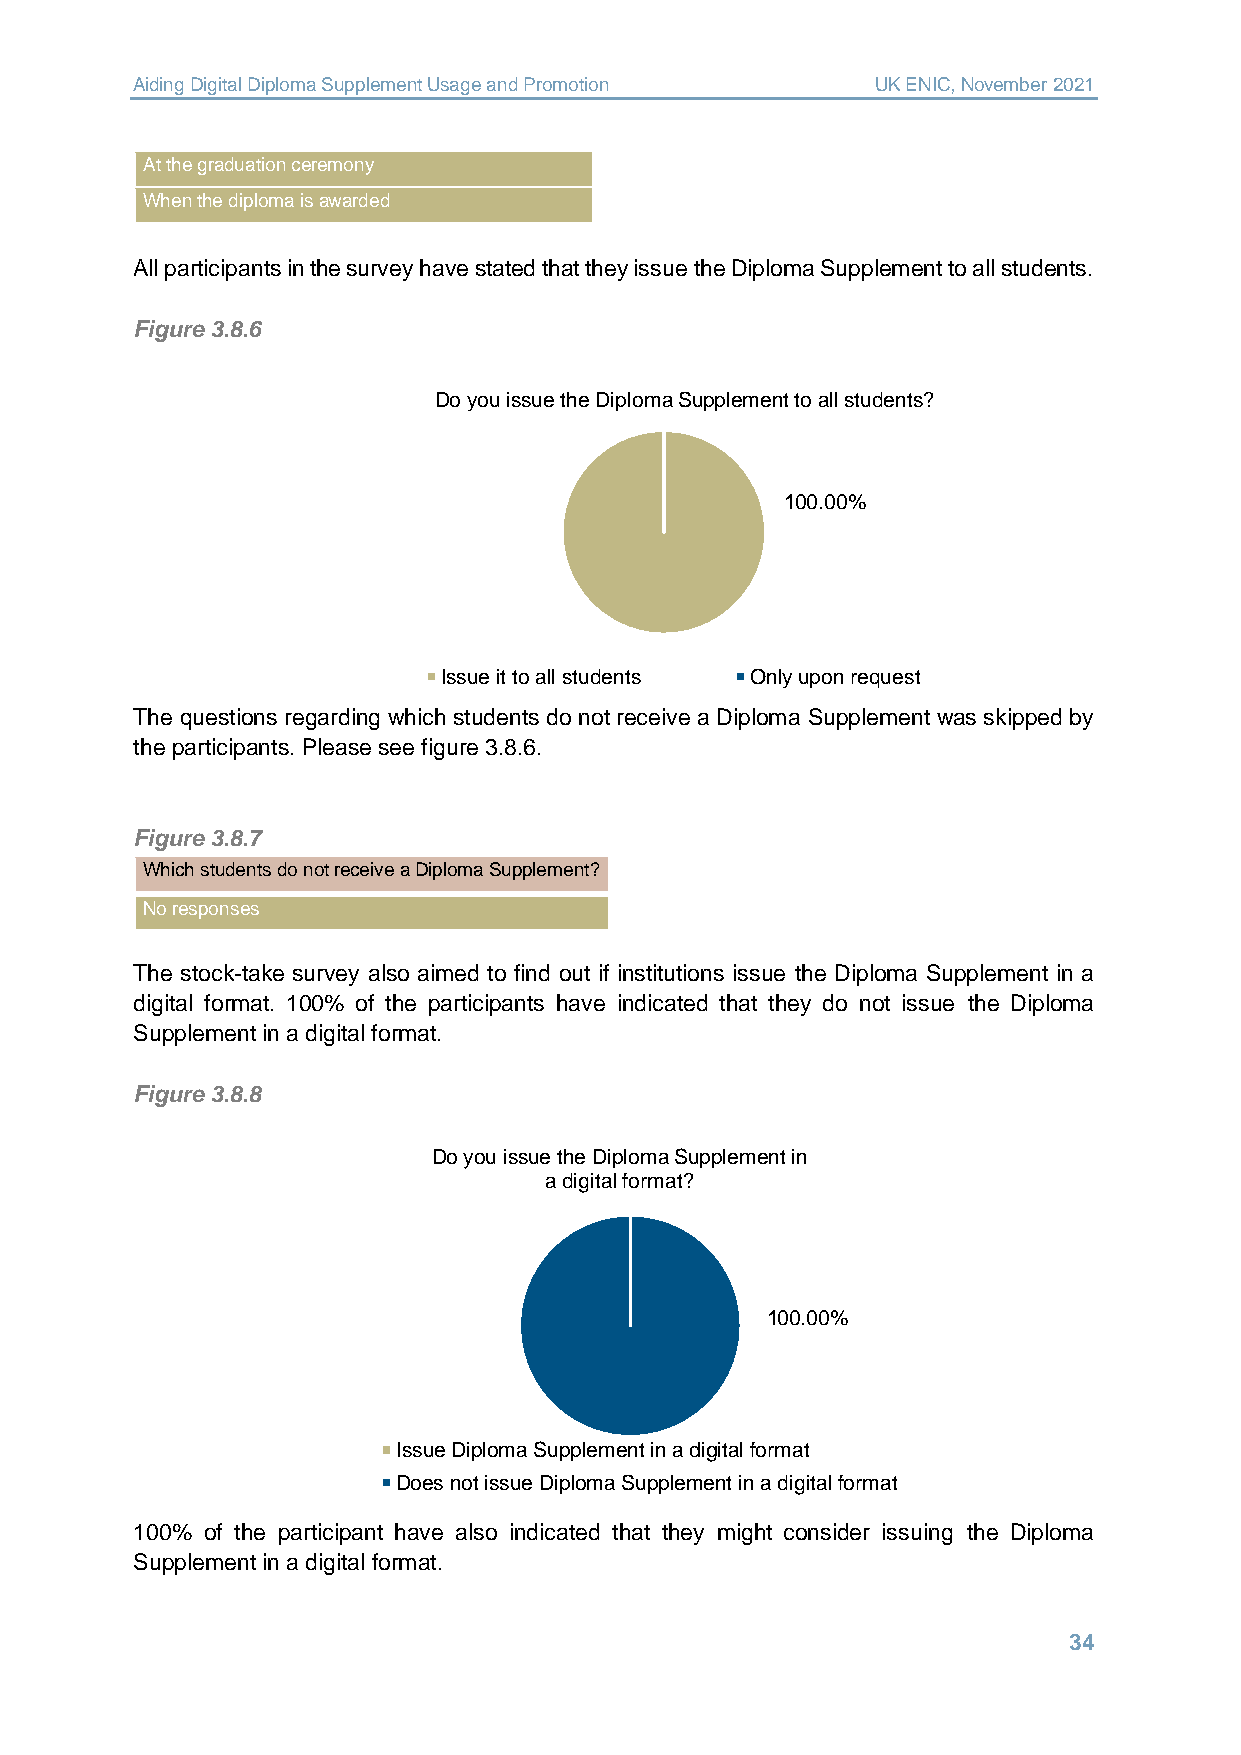
Aiding Digital Diploma Supplement Usage and Promotion UK ENIC, November 2021
 At the graduation ceremony
 When the diploma is awarded
 All participants in the survey have stated that they issue the Diploma Supplement to all students.
 Figure 3.8.6
 Do you issue the Diploma Supplement to all students?
 100.00%
 Issue it to all students Only upon request
 The questions regarding which students do not receive a Diploma Supplement was skipped by
 the participants. Please see figure 3.8.6.
 Figure 3.8.7
 Which students do not receive a Diploma Supplement?
 No responses
 The stock-take survey also aimed to find out if institutions issue the Diploma Supplement in a
 digital format. 100% of the participants have indicated that they do not issue the Diploma
 Supplement in a digital format.
 Figure 3.8.8
 Do you issue the Diploma Supplement in
 a digital format?
 100.00%
 Issue Diploma Supplement in a digital format
 Does not issue Diploma Supplement in a digital format
 100% of the participant have also indicated that they might consider issuing the Diploma
 Supplement in a digital format.
 34